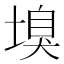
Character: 𡏣